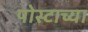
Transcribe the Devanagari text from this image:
पोस्टाच्या